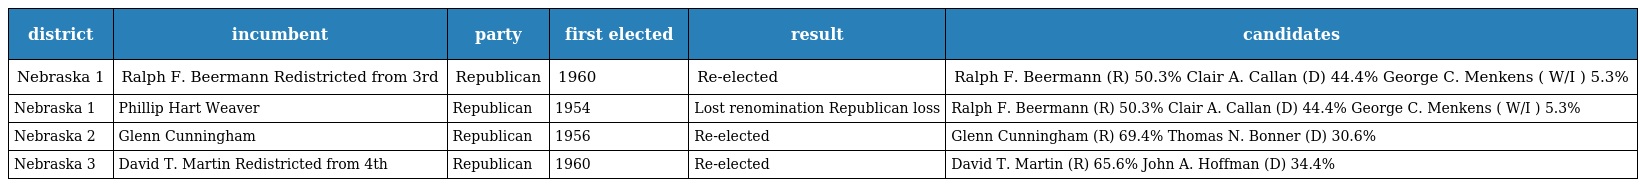
| district | incumbent | party | first elected | result | candidates |
 | --- | --- | --- | --- | --- | --- |
 | Nebraska 1 | Ralph F. Beermann Redistricted from 3rd | Republican | 1960 | Re-elected | Ralph F. Beermann (R) 50.3% Clair A. Callan (D) 44.4% George C. Menkens ( W/I ) 5.3% |
 | Nebraska 1 | Phillip Hart Weaver | Republican | 1954 | Lost renomination Republican loss | Ralph F. Beermann (R) 50.3% Clair A. Callan (D) 44.4% George C. Menkens ( W/I ) 5.3% |
 | Nebraska 2 | Glenn Cunningham | Republican | 1956 | Re-elected | Glenn Cunningham (R) 69.4% Thomas N. Bonner (D) 30.6% |
 | Nebraska 3 | David T. Martin Redistricted from 4th | Republican | 1960 | Re-elected | David T. Martin (R) 65.6% John A. Hoffman (D) 34.4% |